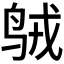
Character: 𱉣